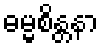
ဓမ္မစိန္တနာ